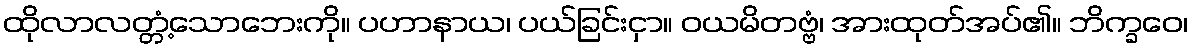
ထိုလာလတ္တံ့သောဘေးကို။ ပဟာနာယ၊ ပယ်ခြင်းငှာ။ ဝယမိတဗ္ဗံ၊ အားထုတ်အပ်၏။ ဘိက္ခဝေ၊